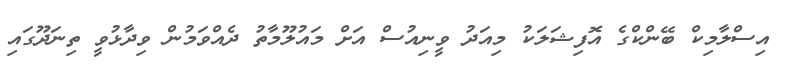
އިސްލާމިކް ބޭންކްގެ އޮފިޝަލަކު މިއަދު ވީނިއުސް އަށް މައުލޫމާތު ދެއްވަމުން ވިދާޅުވީ ތިނަދޫގައި